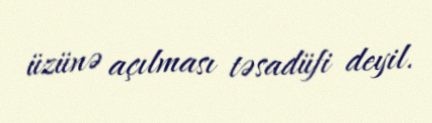
üzünə açılması təsadüfi deyil.